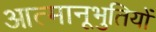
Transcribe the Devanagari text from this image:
आत्मानूभुतियों